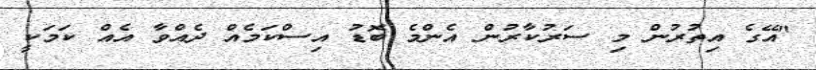
"އޭގެ އިތުރުން މި ސަރުކާރުން އެންމެ ބޮޑު އިސްކަމެއް ދެއްވާ އެއް ކަމަކީ